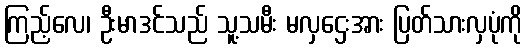
ကြည့်လေ၊ ဦးမာဒင်သည် သူ့သမီး မလှဌေးအား ပြတ်သားလှပုံကို